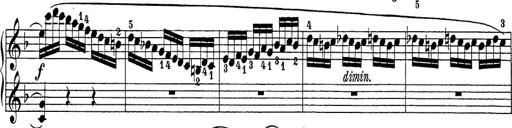
Title: Sonatina Album
Composer: Louis KÃ¶hler